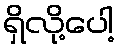
ရှိလို့ပေါ့